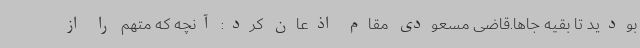
بودید تا بقیه جاها.قاضی مسعودی مقام اذعان کرد: آنچه که متهم را از